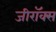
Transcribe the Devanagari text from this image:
जीराॅक्स